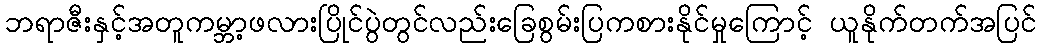
ဘရာဇီးနှင့်အတူကမ္ဘာ့ဖလားပြိုင်ပွဲတွင်လည်းခြေစွမ်းပြကစားနိုင်မှုကြောင့် ယူနိုက်တက်အပြင်